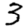
Digit: 3